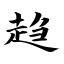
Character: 趋